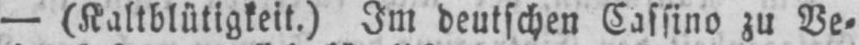
- (Kaltblütigkeit.) Im deutschen Cassino zu Ve⸗